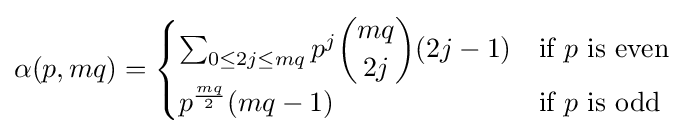
\alpha (p,mq)={\begin{cases}\sum _{0\leq 2j\leq mq}p^{j}{\dbinom {mq}{2j}}(2j-1)&{\text{if }}p{\text{ is even}}\\p^{\frac {mq}{2}}(mq-1)&{\text{if }}p{\text{ is odd}}\end{cases}}